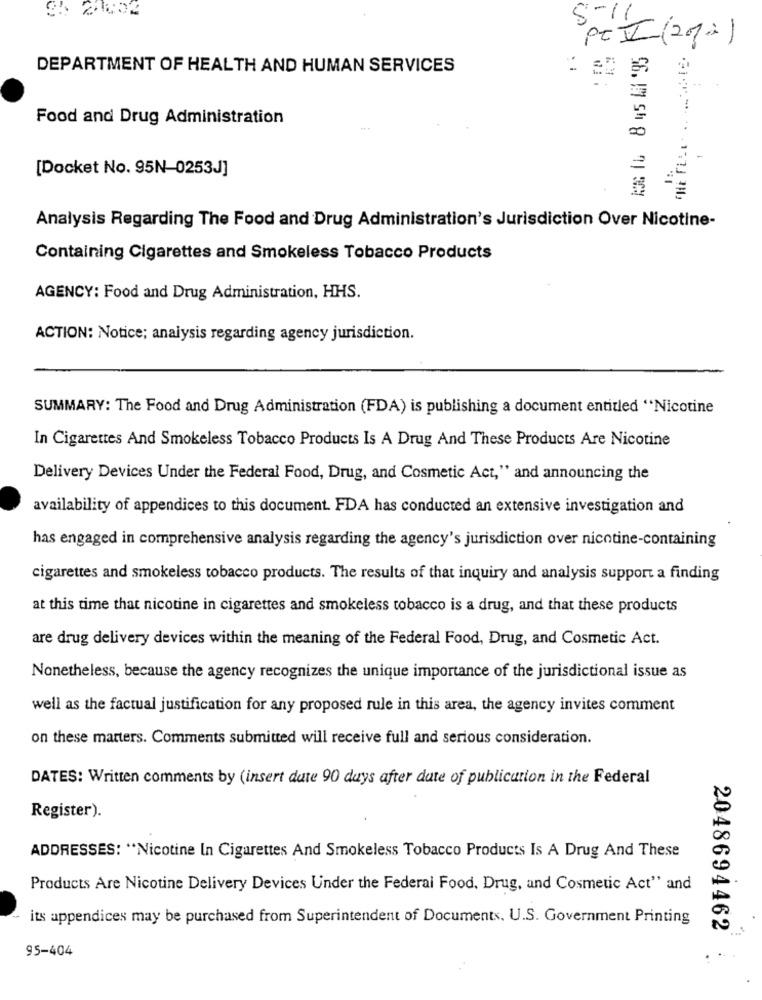
8-11
PCII(2010)
DEPARTMENT OF HEALTH AND HUMAN SERVICES
THE FULL
Food and Drug Administration
00
-
[Docket No. 95N-0253J]
Analysis Regarding The Food and Drug Administration's Jurisdiction Over Nicotine-
Containing Cigarettes and Smokeless Tobacco Products
AGENCY: Food and Drug Administration, HHS.
ACTION: Notice; analysis regarding agency jurisdiction.
SUMMARY: The Food and Drug Administration (FDA) is publishing a document entitled "Nicotine
In Cigarettes And Smokeless Tobacco Products Is A Drug And These Products Are Nicotine
Delivery Devices Under the Federal Food, Drug, and Cosmetic Act," and announcing the
availability of appendices to this document. FDA has conducted an extensive investigation and
has engaged in comprehensive analysis regarding the agency's jurisdiction over nicotine-containing
cigarettes and smokeless tobacco products. The results of that inquiry and analysis support a finding
at this time that nicotine in cigarettes and smokeless tobacco is a drug, and that these products
are drug delivery devices within the meaning of the Federal Food, Drug, and Cosmetic Act.
Nonetheless, because the agency recognizes the unique importance of the jurisdictional issue as
well as the factual justification for any proposed rule in this area, the agency invites comment
on these matters. Comments submitted will receive full and serious consideration.
DATES: Written comments by (insert dute 90 days after date of publication in the Federal
Register).
ADDRESSES: "Nicotine In Cigarettes And Smokeless Tobacco Products Is A Drug And These
Products Are Nicotine Delivery Devices Under the Federal Food, Drug, and Cosmetic Act" and
its appendices may be purchased from Superintendent of Documents. U.S. Government Printing
2048694462
95-404